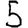
Digit: 5